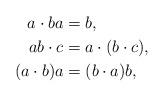
LaTeX: \begin{align*}a\cdot ba &= b, \\ab\cdot c &= a\cdot(b\cdot c),\\(a\cdot b)a &= (b\cdot a)b,\end{align*}